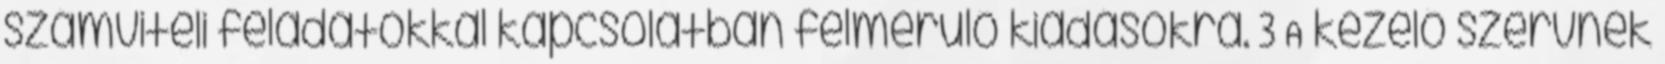
számviteli feladatokkal kapcsolatban felmerülő kiadásokra. 3 A kezelő szervnek